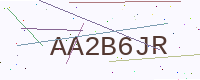
Text: AA2B6JR